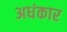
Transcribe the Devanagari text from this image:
अधंकार